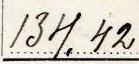
134.42